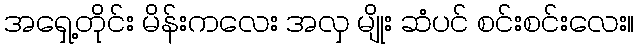
အရှေ့တိုင်း မိန်းကလေး အလှ မျိုး ဆံပင် စင်းစင်းလေး။